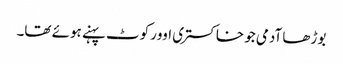
بوڑھا آدمی جو خاکستری اوورکوٹ پہنے ہوئے تھا۔